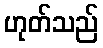
ဟုတ်သည်